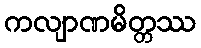
ကလျာဏမိတ္တဿ